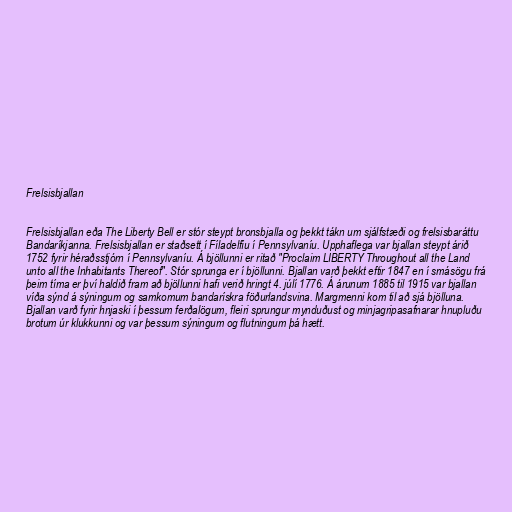
Frelsisbjallan

Frelsisbjallan eða The Liberty Bell er stór steypt bronsbjalla og þekkt tákn um sjálfstæði og frelsisbaráttu
Bandaríkjanna. Frelsisbjallan er staðsett í Fíladelfíu í Pennsylvaníu. Upphaflega var bjallan steypt árið
1752 fyrir héraðsstjórn í Pennsylvaníu. Á bjöllunni er ritað "Proclaim LIBERTY Throughout all the Land
unto all the Inhabitants Thereof". Stór sprunga er í bjöllunni. Bjallan varð þekkt eftir 1847 en í smásögu frá
þeim tíma er því haldið fram að bjöllunni hafi verið hringt 4. júlí 1776. Á árunum 1885 til 1915 var bjallan
víða sýnd á sýningum og samkomum bandarískra föðurlandsvina. Margmenni kom til að sjá bjölluna.
Bjallan varð fyrir hnjaski í þessum ferðalögum, fleiri sprungur mynduðust og minjagripasafnarar hnupluðu
brotum úr klukkunni og var þessum sýningum og flutningum þá hætt.